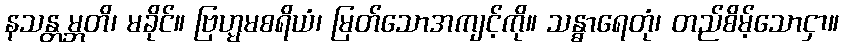
နသန္တမ္ဘတိ၊ မခိုင်။ ဗြဟ္မမစရိယံ၊ မြတ်သောအကျင့်ကို။ သန္ဓာရေတုံ၊ တည်စိမ့်သောငှာ။